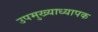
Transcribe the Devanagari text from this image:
उपमुख्याध्यापक